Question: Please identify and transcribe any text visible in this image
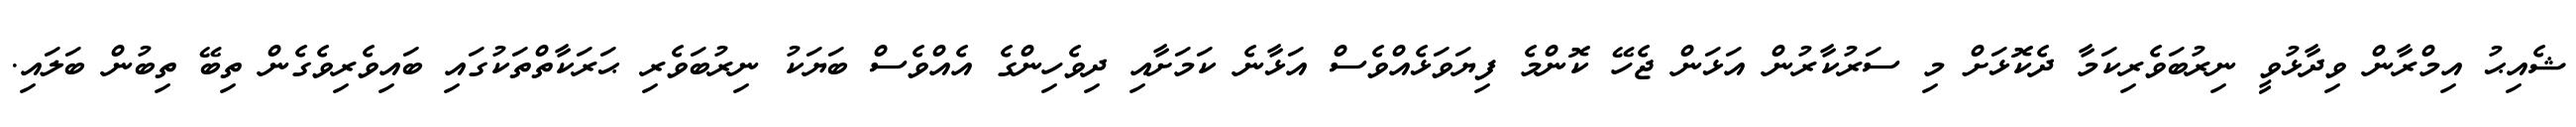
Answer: ޝެއިޙު އިމްރާން ވިދާޅުވީ ނިރުބަވެރިކަމާ ދެކޮޅަށް މި ސަރުކާރުން އަޅަން ޖެހޭ ކޮންމެ ފިޔަވަޅެއްވެސް އަޅާނެ ކަމަށާއި ދިވެހިންގެ އެއްވެސް ބަޔަކު ނިރުބަވެރި ޙަރަކާތްތަކުގައި ބައިވެރިވެގެން ތިބޭ ތިބުން ބަލައި.